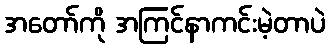
အတော်ကို အကြင်နာကင်းမဲ့တာပဲ